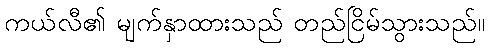
ကယ်လီ၏ မျက်နှာထားသည် တည်ငြိမ်သွားသည်။